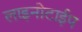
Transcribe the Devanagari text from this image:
लाइनोटाईप